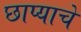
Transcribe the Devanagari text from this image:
छाप्याचे